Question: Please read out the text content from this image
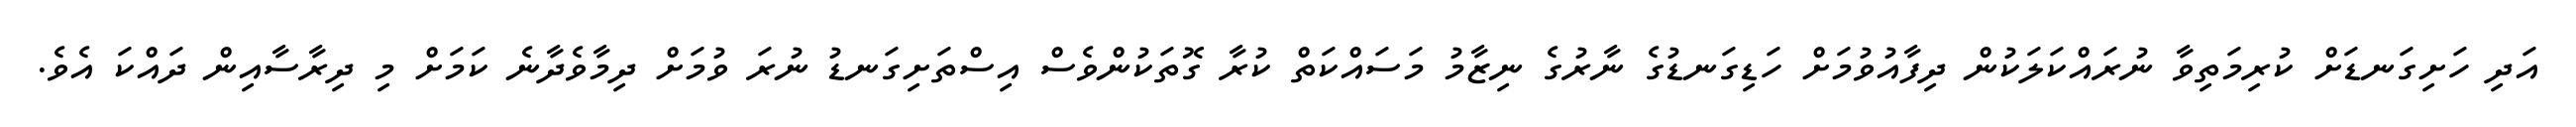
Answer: އަދި ހަށިގަނޑަށް ކުރިމަތިވާ ނުރައްކަލަކުން ދިފާއުވުމަށް ހަޑިގަނޑުގެ ނާރުގެ ނިޒާމު މަސައްކަތް ކުރާ ގޮތަކުންވެސް އިސްތަށިގަނޑު ނުރަ ވުމަށް ދިމާވެދާނެ ކަމަށް މި ދިރާސާއިން ދައްކަ އެވެ.